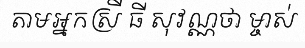
តាមអ្នកស្រី ធី សុវណ្ណថា ម្ចាស់